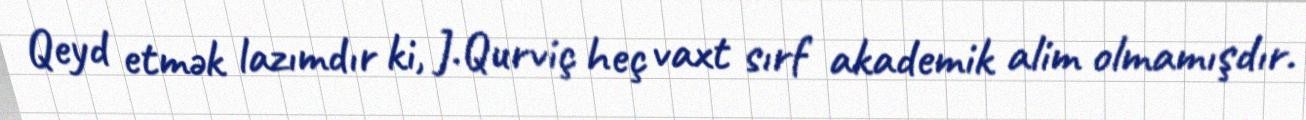
Qeyd etmək lazımdır ki, J.Qurviç heç vaxt sırf akademik alim olmamışdır.